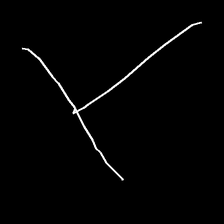
Glyph: column